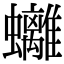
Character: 𧕮